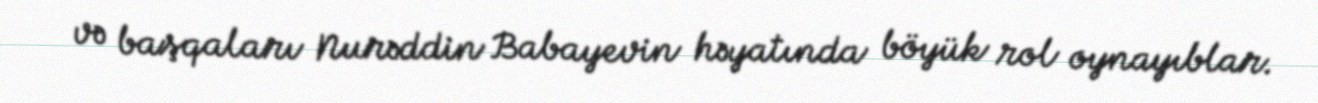
və başqaları Nurəddin Babayevin həyatında böyük rol oynayıblar.